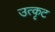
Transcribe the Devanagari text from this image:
उत्कृट